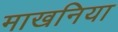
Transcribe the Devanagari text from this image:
माखनिया